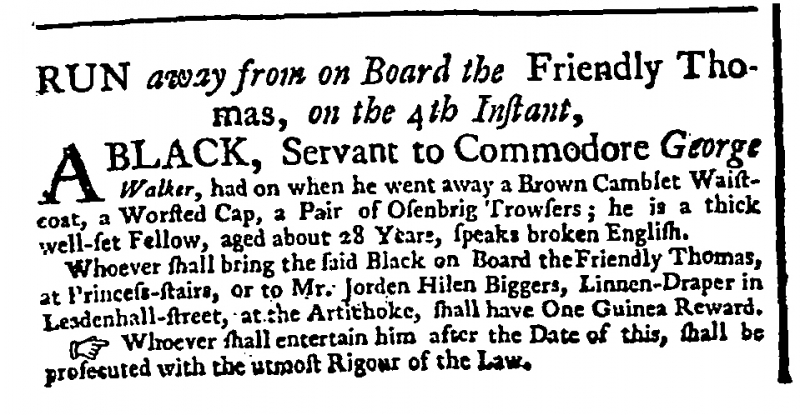
General Advertiser , 9 August 1748 (England)
RUN away from on Board the Friendly Thomas, on the 4th Instant,  A BLACK, Servant to Commodore George Walker, had on when he went away a Brown Camblet Waistcoat, a Worsted Cap, a Pair of Osenbrig Trowsers; he is a thick well-set Fellow, aged about 28 Years, speaks broken English.  Whoever shall bring the said Black on Board the Friendly Thomas, at Princess-stairs, or to Mr. Jorden Hilen Biggers, Linnen-Draper in Leadenhall-street, at the Artichoke, shall have One Guinea Reward.  Whoever shall entertain him after the Date of this, shall be prosecuted with the utmost Rigour of the Law.